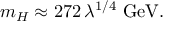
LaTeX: m _ { H } \approx 2 7 2 \, \lambda ^ { 1 / 4 } \ \mathrm { G e V } .